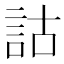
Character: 詁